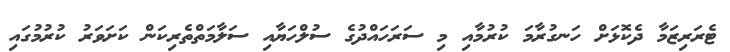
ޓެރަރިޒަމާ ދެކޮޅަށް ހަނގުރާމަ ކުރުމާއި މި ސަރަހައްދުގެ ސުލްހަޔާއި ސަލާމަތްތެރިކަން ކަށަވަރު ކުރުމުގައި